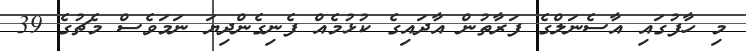
މި ހާފުގައި އާސެނަލްގެ ފަރާތުން އާދައިގެ ކުޅުމެއް ފެނިގެންދިޔަ ނަމަވެސް މެޗުގެ 39